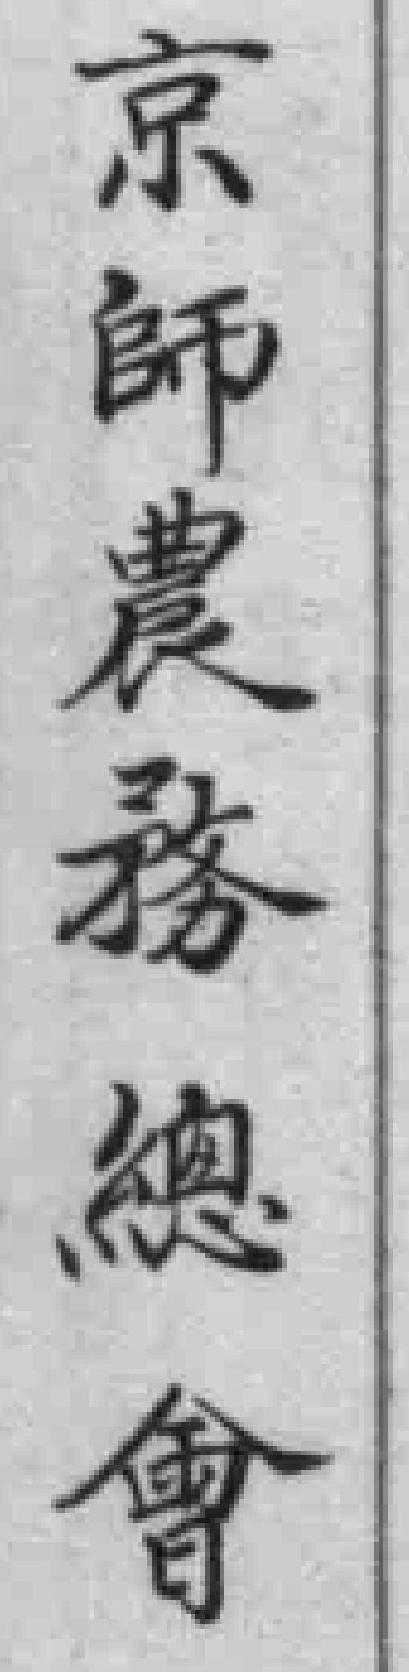
京師農務總會